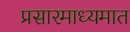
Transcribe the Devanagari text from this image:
प्रसारमाध्यमात